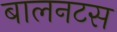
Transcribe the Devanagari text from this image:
बालनटस